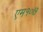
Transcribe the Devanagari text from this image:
एम१०७